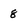
Character: 8